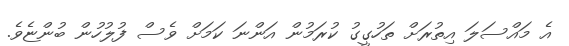
އެ މައްސަލަ އިތުރަށް ތަހުގީގު ކުރަމުން އަންނަ ކަމަށް ވެސް ފުލުހުން ބުންޏެވެ.